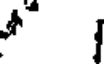
*